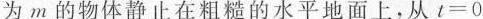
为m的物体静止在粗糙的水平地面上，从$$t = 0$$